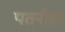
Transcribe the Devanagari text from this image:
पतनीव्रत